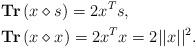
LaTeX: \begin{align*}\begin{aligned} &\textbf{Tr}\left(x\diamond s\right)=2x^Ts, \\ &\textbf{Tr}\left(x\diamond x\right)=2x^Tx=2||x||^2. \\ \end{aligned}\end{align*}